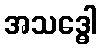
အသဒ္ဓေါ